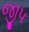
જીપ